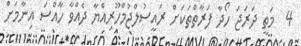
4  މަތީ ދަރަޖަ ހޯދާ ފަރާތްތަކަށް ރައީސުލްޖުމްހޫރިއްޔާ ދެއްވާ ހާއްސަ އިނާމަށް